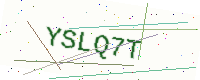
Text: YSLQ7T